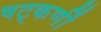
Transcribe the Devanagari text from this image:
षट्‌कर्णीं